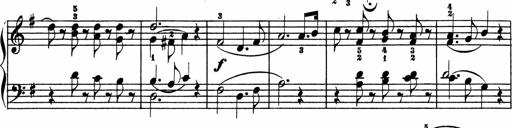
Title: 3 Sonatinen
Composer: Heinrich Lichner